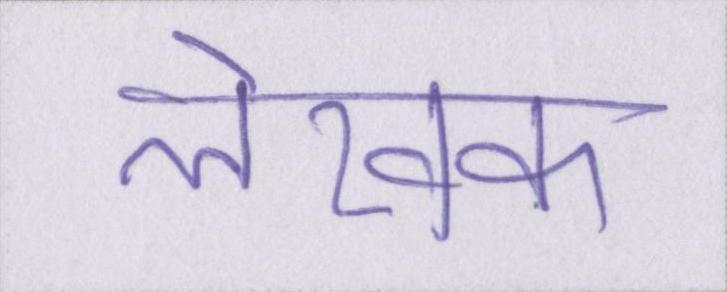
लेखक